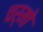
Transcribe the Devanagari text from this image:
चर्मो